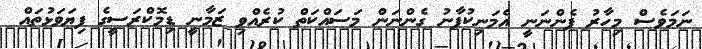
ނަމަވެސް މިހާރު ފެންނަނީ އެމަނިކުފާނު ގެންނަން މަސައްކަތް ކުރެއްވި ޒަމާނީ ޑިމޮކްރަސީގެ ފިޔަވަޅުތައް